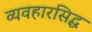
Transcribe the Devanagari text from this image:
व्यवहारसिद्ध